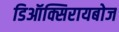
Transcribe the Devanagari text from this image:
डिऑक्सिरायबोज